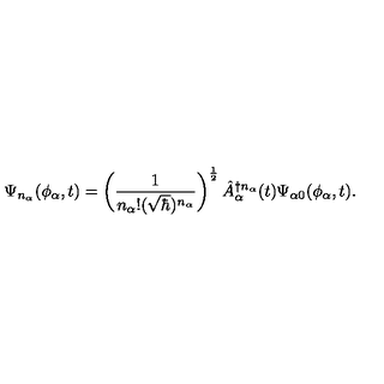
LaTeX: \Psi _ { n _ { \alpha } } ( \phi _ { \alpha } , t ) = \left( \frac { 1 } { n _ { \alpha } ! ( \sqrt { \hbar } ) ^ { n _ { \alpha } } } \right) ^ { \frac { 1 } { 2 } } \hat { A } _ { \alpha } ^ { \dagger n _ { \alpha } } ( t ) \Psi _ { \alpha 0 } ( \phi _ { \alpha } , t ) .